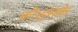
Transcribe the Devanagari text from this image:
की।इसके